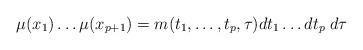
LaTeX: \begin{align*} \mu(x_1) \ldots \mu(x_{p+1}) = m(t_1, \ldots ,t_p ,\tau) dt_1 \ldots dt_p \; d\tau\end{align*}